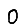
Digit: 0